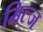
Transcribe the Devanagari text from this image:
मिल्ज